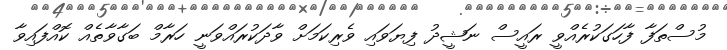
މުސްތަފާ ފާހަގަކުރެއްވީ ރައީސް ނަޝީދު ފިޔަވައި ވެރިކަމަށް ވާދަކުރައްވަނީ ހަރާމް ބަގާވާތެއް ކޮއްފައިވާ